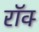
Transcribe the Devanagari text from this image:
रॉक्‍